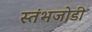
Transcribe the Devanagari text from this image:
स्तंभजोडी